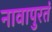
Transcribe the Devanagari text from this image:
नावापुरतं